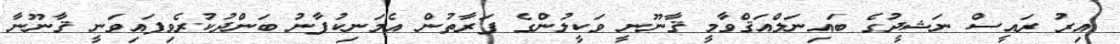
އިރު ރައީސް ނަޝީދުގެ ބައިނަލްއަޤްވާމީ ޤާނޫނީ ވަކީލުންގެ ފަރާތުން އެމަނިކުފާނު ބަންދުކުރެވިފައިވަނީ ޤާނޫނާ